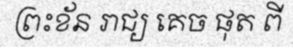
ព្រះខ័ន រាជ្យ គេច ផុត ពី